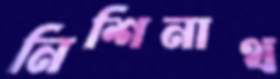
নিশিনাথ